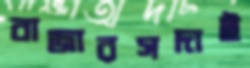
বাজারসদাই